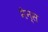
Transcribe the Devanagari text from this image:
नैन्स